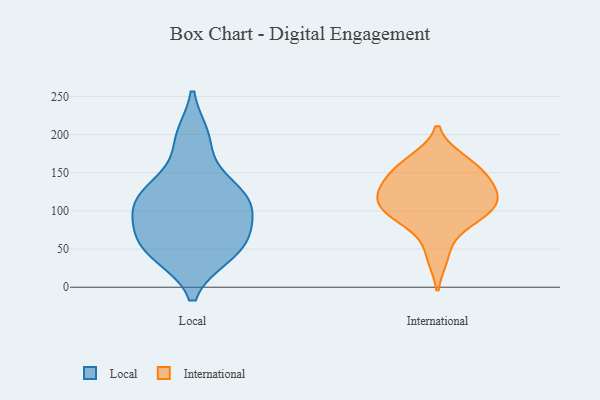
{"axis": {"x": "Headcount", "y": "Value"}, "legend": ["International", "Local"], "data": [{"x": "", "y": 73, "type": "Local"}, {"x": "", "y": 45, "type": "Local"}, {"x": "", "y": 43, "type": "Local"}, {"x": "", "y": 196, "type": "Local"}, {"x": "", "y": 120, "type": "Local"}, {"x": "", "y": 109, "type": "Local"}, {"x": "", "y": 71, "type": "Local"}, {"x": "", "y": 89, "type": "Local"}, {"x": "", "y": 120, "type": "Local"}, {"x": "", "y": 101, "type": "Local"}, {"x": "", "y": 129, "type": "Local"}, {"x": "", "y": 51, "type": "Local"}, {"x": "", "y": 129, "type": "Local"}, {"x": "", "y": 48, "type": "Local"}, {"x": "", "y": 193, "type": "Local"}, {"x": "", "y": 157, "type": "International"}, {"x": "", "y": 114, "type": "International"}, {"x": "", "y": 84, "type": "International"}, {"x": "", "y": 97, "type": "International"}, {"x": "", "y": 126, "type": "International"}, {"x": "", "y": 166, "type": "International"}, {"x": "", "y": 135, "type": "International"}, {"x": "", "y": 105, "type": "International"}, {"x": "", "y": 156, "type": "International"}, {"x": "", "y": 128, "type": "International"}, {"x": "", "y": 41, "type": "International"}, {"x": "", "y": 100, "type": "International"}]}